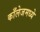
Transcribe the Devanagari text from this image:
काँलेजमध्ये